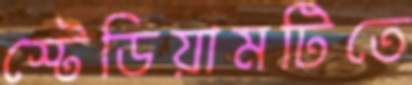
স্টেডিয়ামটিতে